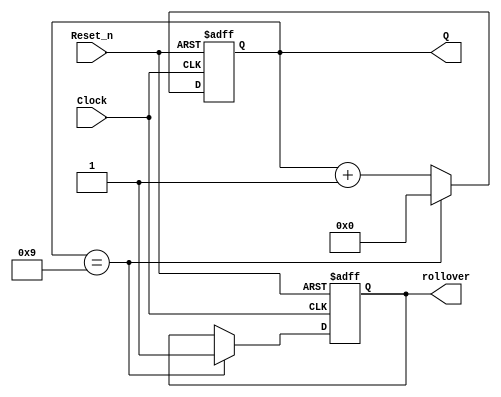
module eight_bit_counter(Clock, Reset_n, rollover, Q);

    parameter n = 8;
    parameter k = 10;

    input Clock, Reset_n;
    output reg [n-1:0] Q;
    output reg rollover;

    
always @(posedge Clock or negedge Reset_n)
begin
    if (!Reset_n)
    begin
        Q = 0;
        rollover <= 1'b0;
    end
    else if(Q == k-1)
    begin
        Q = 0;
        rollover = 1'b1;
    end
    else
        Q = Q + 1;
end
endmodule